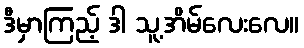
ဒီမှာကြည့် ဒါ သူ့အိမ်လေးလေ။